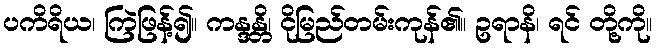
ပကိရိယ၊ ကြဲဖြန့်၍။ ကန္ဒန္တိ၊ ငိုမြည်တမ်းကုန်၏။ ဥရာနိ၊ ရင် တို့ကို။